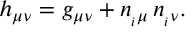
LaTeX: h _ { \mu \nu } = g _ { \mu \nu } + n _ { _ i \mu } \, n _ { _ i \nu } .